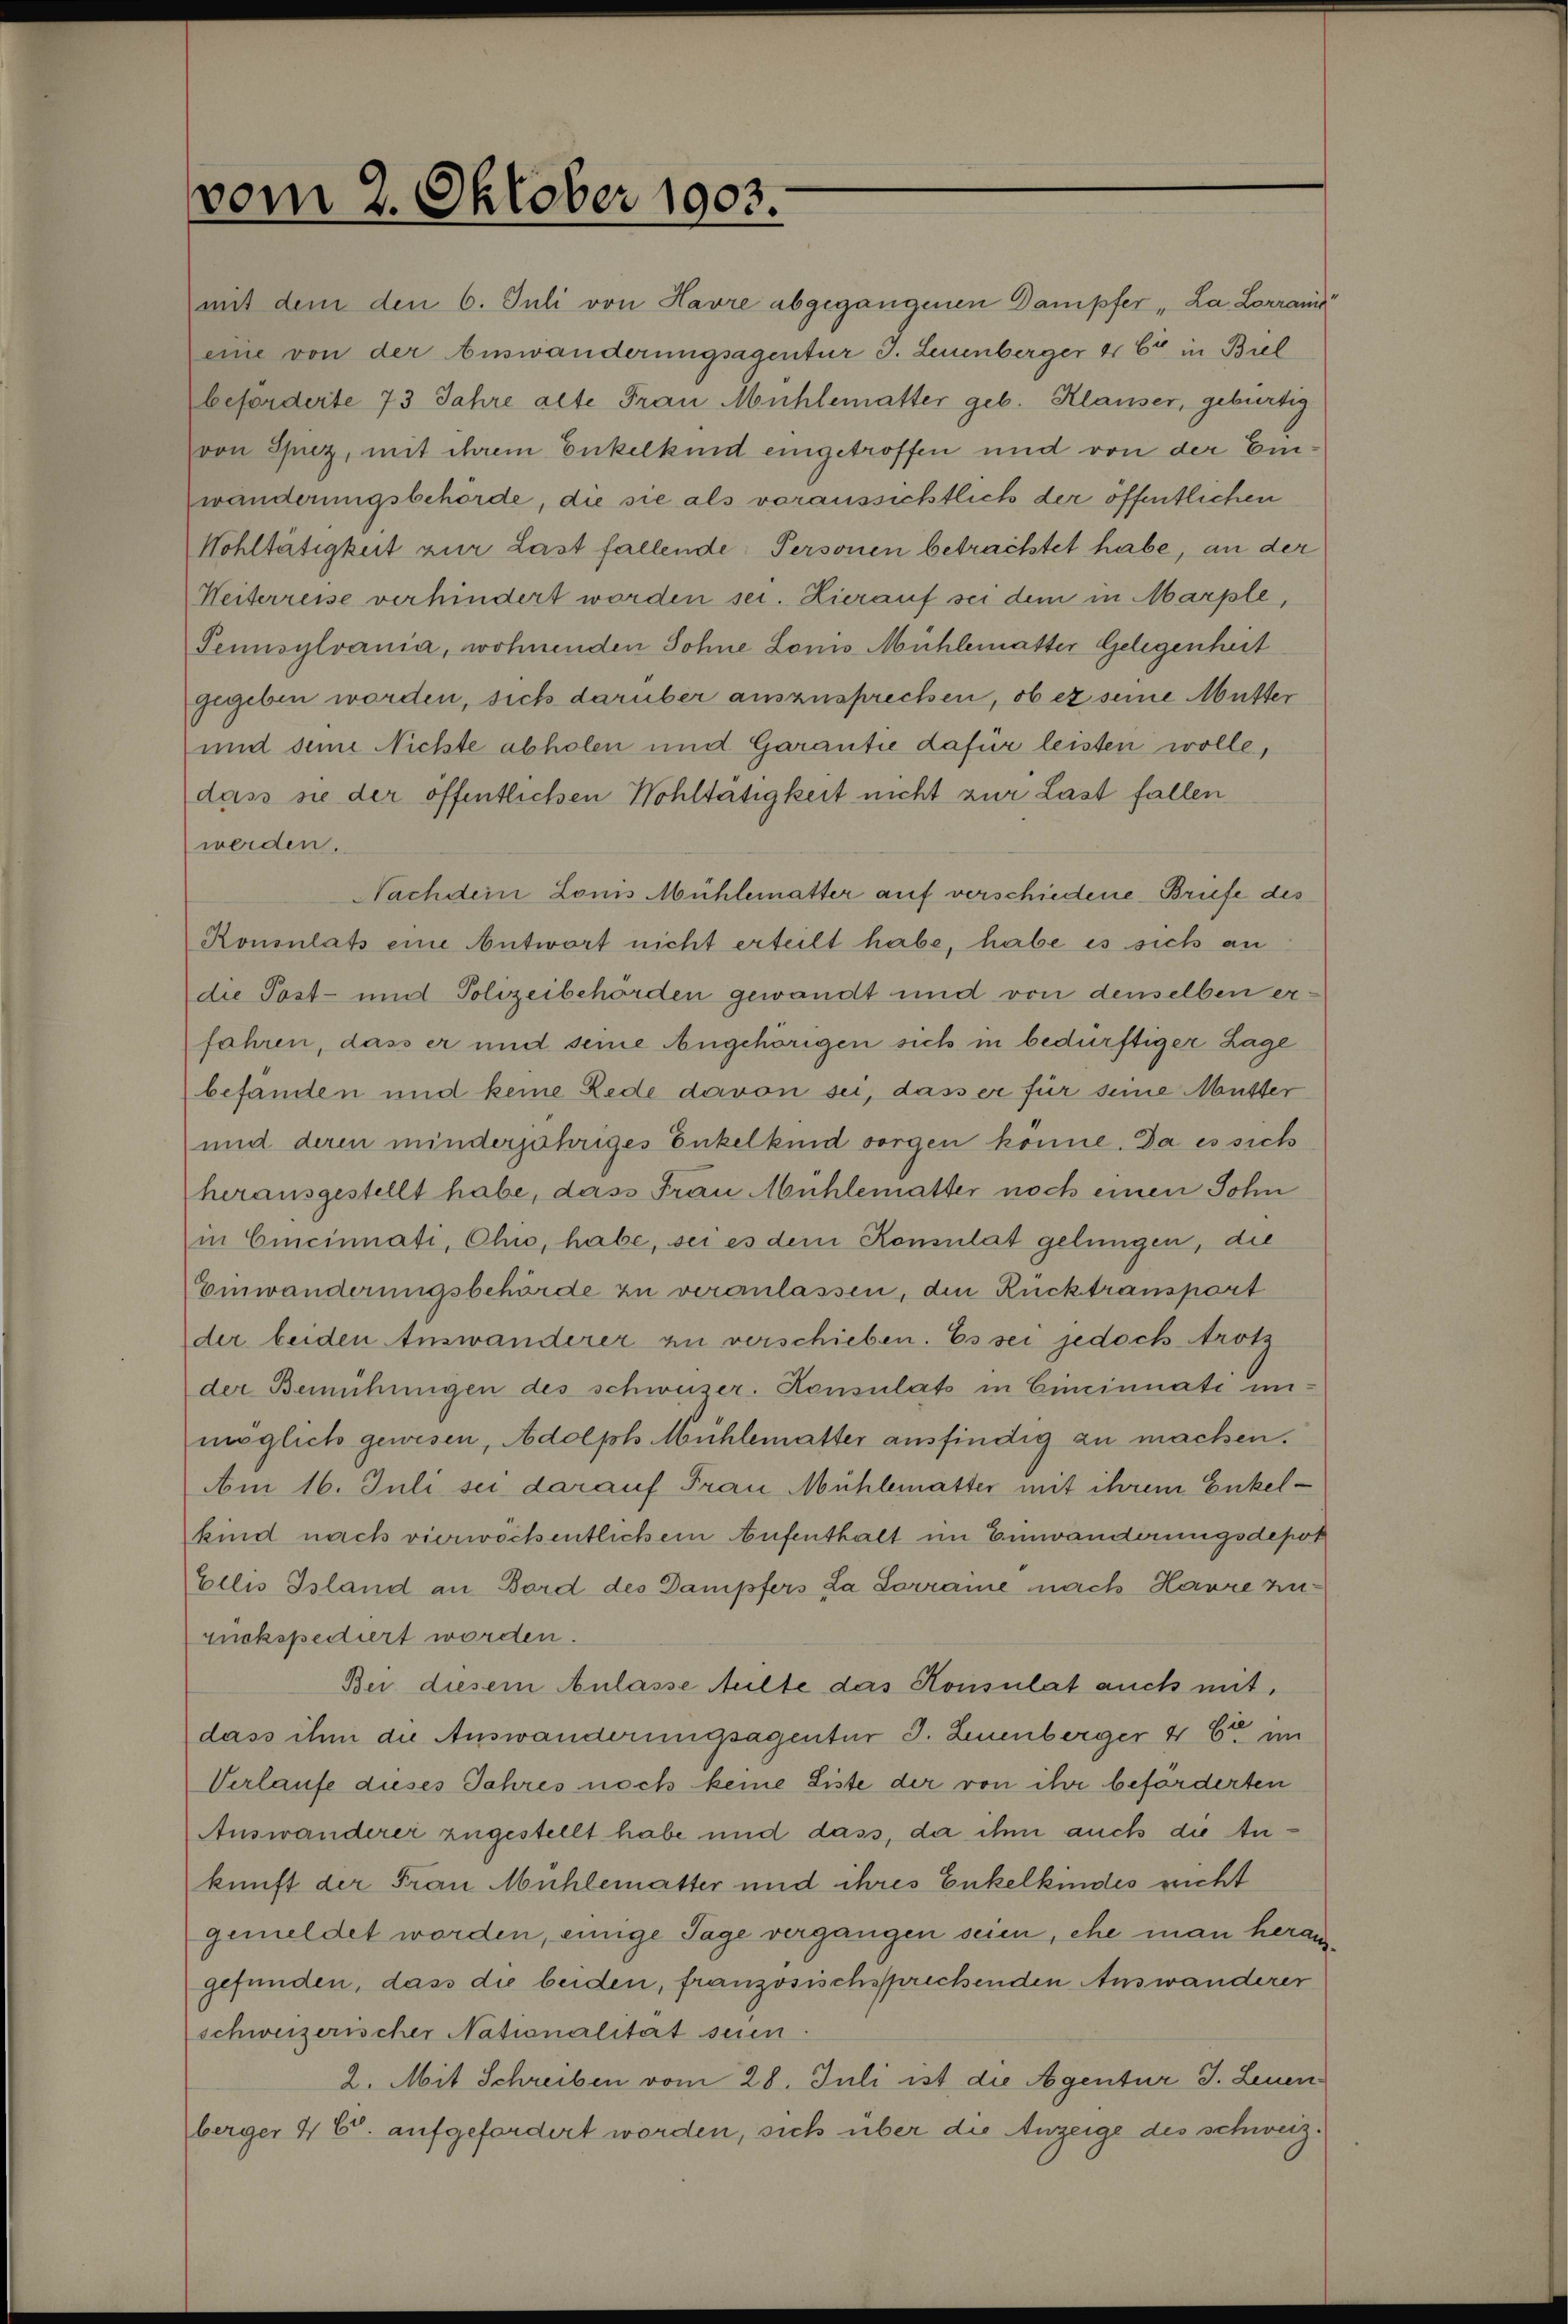
vom 2. Oktober 1903.

mit dem den 6. Juli von Havre abgegangenen Dampfer „La Larrann
eine von der Auswanderungsagentur J. Leuenberger & Cie in Biel
beforderte 73 Jahre alte Frau Mühlematter geb. Klauser, gebürtig
von Spiez, mit ihrem Enkelkind eingetroffen und von der Einwänderungsbehörde, die sie als voraussichtlich der öffentlichen
Wohltätigkeit zur Last fallende Personen betrachtet habe, an der
Heiterreise verhindert worden sei. Hierauf sei dem in Marple,
Pennsylvania, wohnenden Sohne Louis Mühlematter Gelegenheit
gegeben worden, sich darüber auszusprechen, ob er seine Mutter
und seine Nichte abholen und Garantie dafür leisten wolle,
dass sie der öffentlichen Wohltätigkeit nicht zur Last fallen
werden.
Nachdein Lonis Mühlematter auf verschiedene Briefe des
Konsulats eine Antwort nicht erteilt habe, habe es sich an
die Post- und Polizeibehörden gewandt und von denselben erfahren, dass er und seine Angehörigen sich in bedürftiger Lage
befandten und keine Rede davon sei, dass er für seine Musser
und deren minderjähriges Enkelkind sorgen könne. Da es sich
herausgestellt habe, dass Frau Mühlematter noch einen Sohn
in Cincinnati, Chi, habe, sei es dem Konsulat gelungen, die
Emwanderungsbehörde zu veranlassen, den Rücktransport
der beiden Auswanderer zu verschieben. Es sei jedoch trotz
der Bemühungen des schweizer. Konsulats in Cincinnati un-
möglich gewesen, Adolph Mühlematter ausfindig zu machen.
Am 16. Juli sei darauf Frau Mühlematter mit ihrem Enkelkind nach vierwöchentlichem Aufenthalt im Einwanderungsdepos
Ellis Island an Bord des Dampfers La Sorraine nach Harre zurückspediert worden.
Bei diesem Anlasse Aulte das Konsulat auch mit,
dass ihm die Auswanderungsagentur J. Leuenberger 4 Eier im
Verlaufe dieses Jahres noch keine Liste der von ihr beforderten
Auswanderer zugestellt habe und dass, da ihm auch die Ankunft der Frau Mühlematter und ihres Enkelkindes recht
gemeldet worden, einige Tage vergangen seien, ehe man heraugefunden, dass die beiden, französischsprechenden Auswanderer
schweizerischer Nationalität seien.
2. Mit Schreiben vom 28. Juli ist die Agentur J. Leuen
berger 4 Ct. aufgefordert worden, sich über die Anzeige des schweiz.